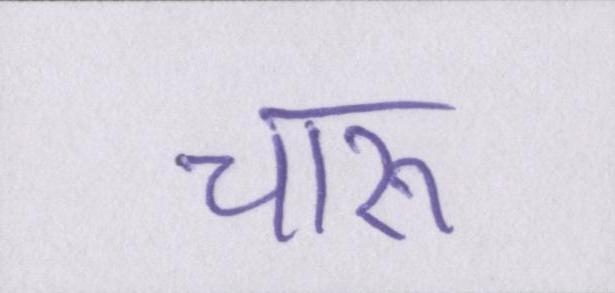
चारू